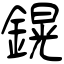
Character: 鎤